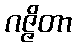
ဂဇ္ဇိတာ